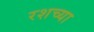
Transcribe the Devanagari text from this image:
रशच्या